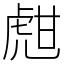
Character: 甝